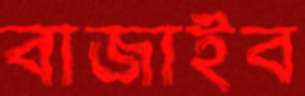
বাজাইব